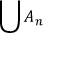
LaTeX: \bigcup A _ { n }